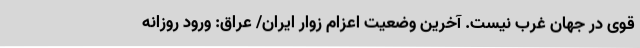
قوی در جهان غرب نیست. آخرین وضعیت اعزام زوار ایران/ عراق: ورود روزانه